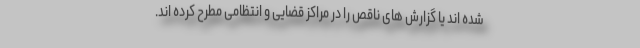
شده اند یا گزارش های ناقص را در مراکز قضایی و انتظامی مطرح کرده اند.